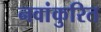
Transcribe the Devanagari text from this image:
नवांकुरित